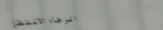
الرجاء الانتظار